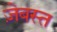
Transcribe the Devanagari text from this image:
ज़ेबस्त